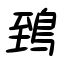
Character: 鵄